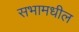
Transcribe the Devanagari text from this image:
सभामधील